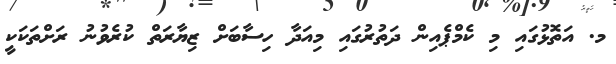
މ. އަތޮޅުގައި މި ކެމްޕެއިން ދަތުރުގައި މިއަދާ ހިސާބަށް ޒިޔާރަތް ކުރެވުނު ރަށްތަކަކީ